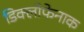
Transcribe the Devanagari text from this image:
डिक्लोफेनाक